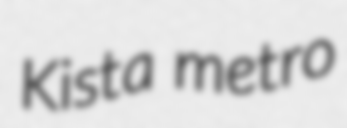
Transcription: Kista metro